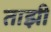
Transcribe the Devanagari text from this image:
ताझी